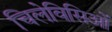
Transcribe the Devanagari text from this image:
चिलेविसिओं